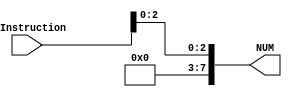
`timescale 1ns / 1ps
//////////////////////////////////////////////////////////////////////////////////
// Company: 
// Engineer: 
// 
// Design Name: 
// Module Name: Num_Inm
// Project Name: 
// Target Devices: 
// Tool Versions: 
// Description: 
// 
// Dependencies: 
// 
// Revision:
// Revision 0.01 - File Created
// Additional Comments:
// 
//////////////////////////////////////////////////////////////////////////////////


module Num_Inm
#(parameter n = 8 )
(
    input [n:0] i_Instruction,
    output reg [n-1:0] NUM
    ); 
    reg [n-1:0]NC; 
 always@* 
        begin  
        NC = 8'b0;
        NUM <= {NC[7:3],i_Instruction[2:0]};  
        end  
endmodule